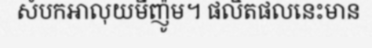
សំបកអាលុយមីញ៉ូម។ ផលិតផលនេះមាន